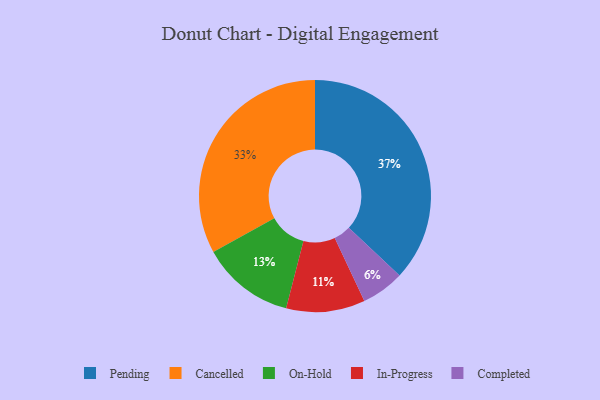
{"axis": {"x": "Category", "y": "Percentage"}, "legend": ["Cancelled", "Completed", "In-Progress", "On-Hold", "Pending"], "data": [{"x": "Pending", "y": 37, "type": "Pending"}, {"x": "Completed", "y": 6, "type": "Completed"}, {"x": "Cancelled", "y": 33, "type": "Cancelled"}, {"x": "On-Hold", "y": 13, "type": "On-Hold"}, {"x": "In-Progress", "y": 11, "type": "In-Progress"}]}